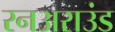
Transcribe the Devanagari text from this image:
रनअराउंड